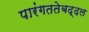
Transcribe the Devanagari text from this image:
पारंगततेबद्दल